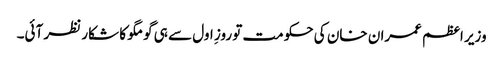
وزیر اعظم عمران خان کی حکومت تو روزِ اول سے ہی گومگو کا شکار نظر آئی۔